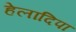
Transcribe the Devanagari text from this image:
हेलादिपा